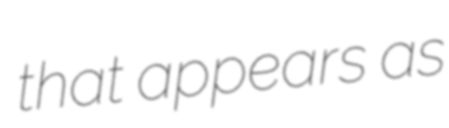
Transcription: that appears as